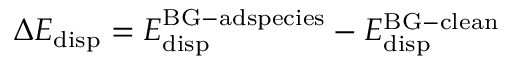
\Delta E _ { \mathrm { d i s p } } = E _ { \mathrm { d i s p } } ^ { \mathrm { B G - a d s p e c i e s } } - E _ { \mathrm { d i s p } } ^ { \mathrm { B G - c l e a n } }